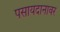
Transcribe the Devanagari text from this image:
पसायदानावर